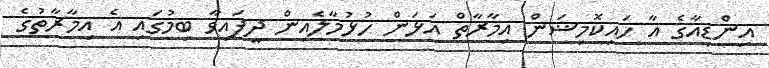
އިންޑިއާގެ އާ ހައިކޮމިޝަން އިމާރާތް އަޅަން ހުޅުމާލެއިން ދީފައިވާ ބިމުގައި އެ އިމާރާތުގެ